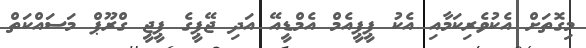
މިގޮތަށް އެކުވެރިކަމާއި އެކު ޕީޕީއެމް އެމްޑީއޭ އަދި ޖޭޕީގެ ޕީޖީ ގްރޫޕް މަސައްކަތް